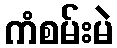
ကံစမ်းမဲ